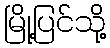
မြို့ပြင်သို့